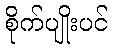
စိုက်ပျိုးပင်